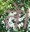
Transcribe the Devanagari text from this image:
तें।